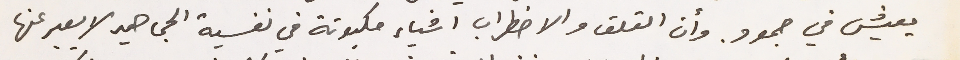
يعيش في جمود. وأن القلق والاضطراب اشياء مكبوتة في نفسية الجماهير لا يعبر عنها